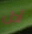
أجل